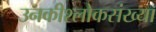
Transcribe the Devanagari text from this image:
उनकीश्लोकसंख्या